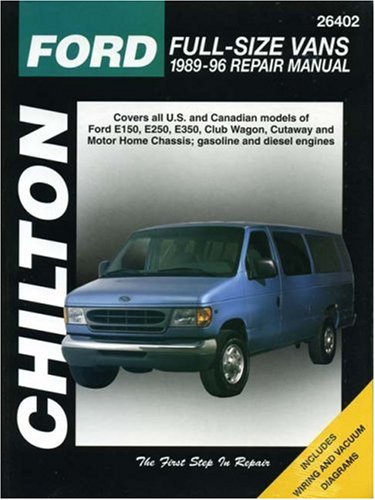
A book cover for Ford Full-Size Vans, 1989-96 (Chilton Total Car Care Series Manuals); Chilton; Engineering & Transportation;